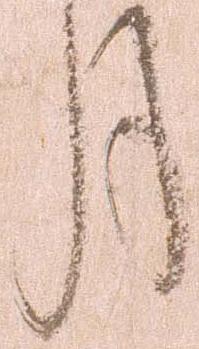
月